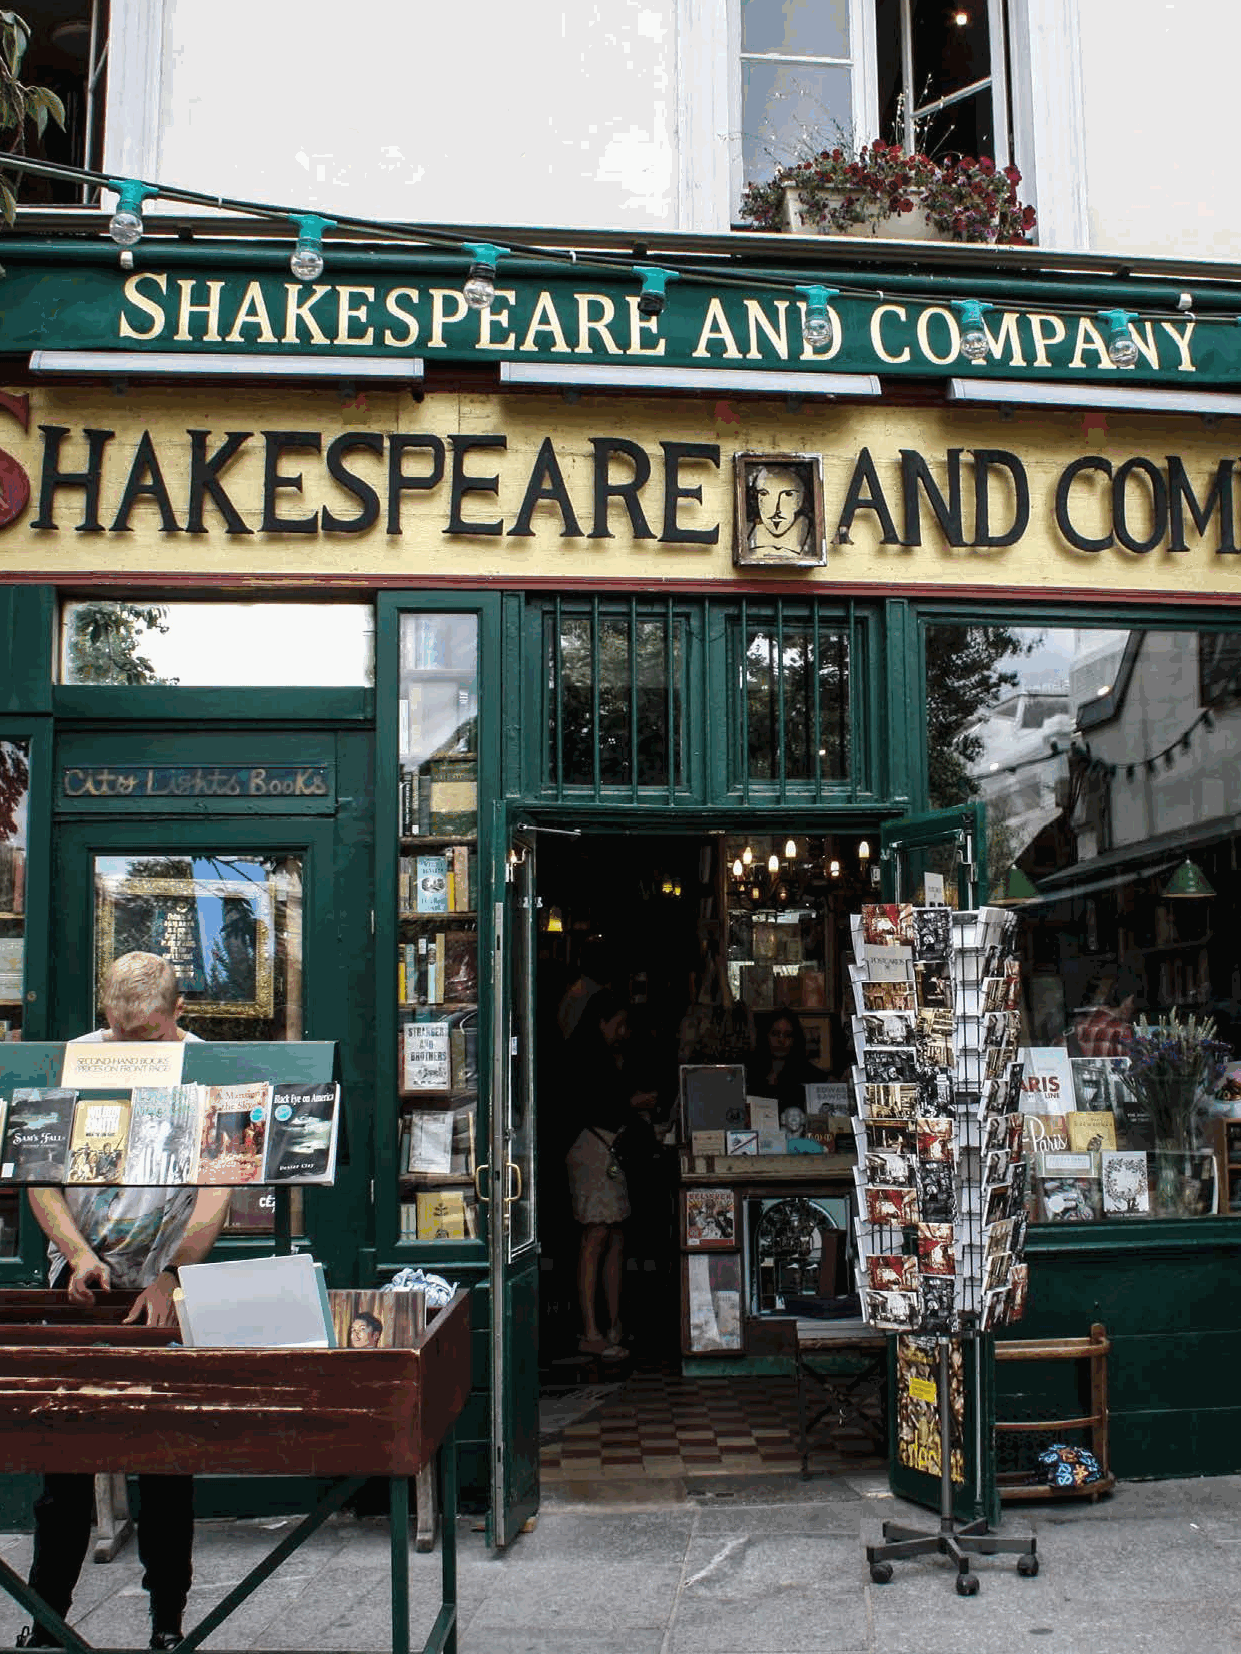
An Economic Impact Outlook                                       51